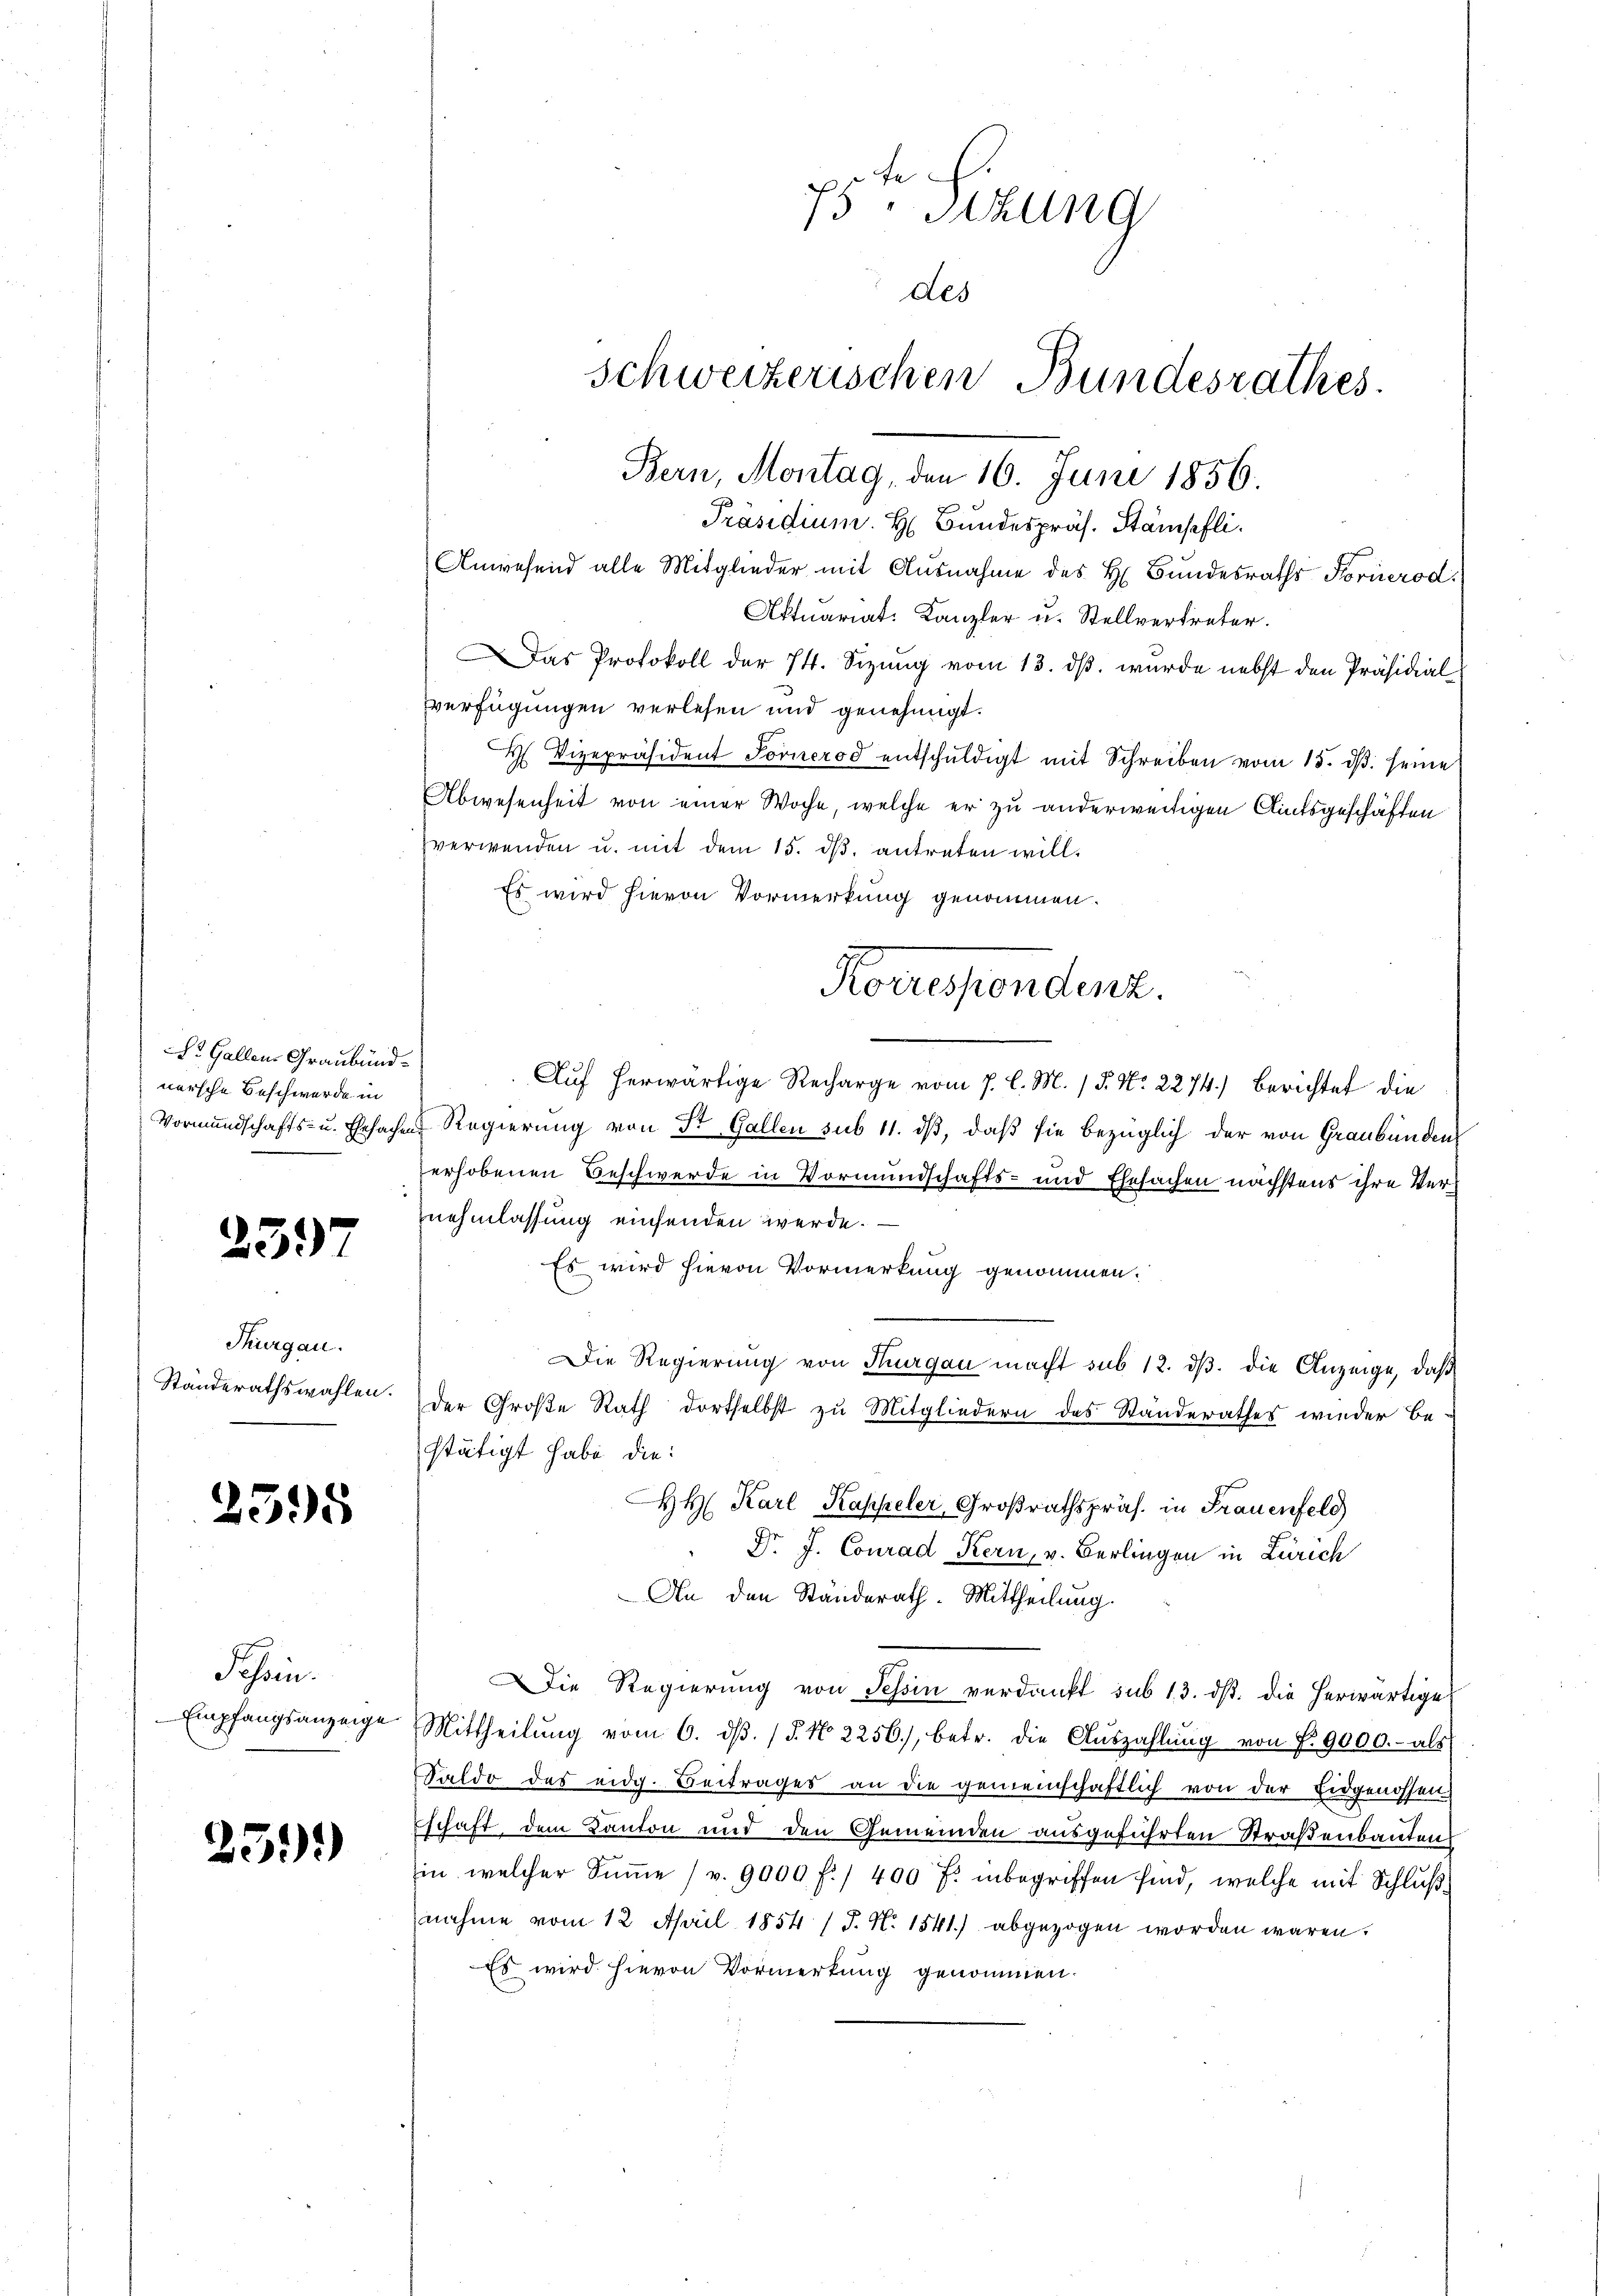
St. Gallen Graubündnersche Beschwerde in

2597

Thurgau.

2398

Schön.
 Empfangsanzeige

25.)

Präsidium. H. Bundespräs. Stämpfli
Anwesend alle Mitglieder mit Ausnahme des H. Bundesraths Fornrod.
Aktuariat-Kanzler u. Stellvertreter.
as Protokoll der 74. Sizung vom 13. ds. wurde nebst den Präsidial
verfügungen verlesen und genehmigt.
 Vizepräsident Fornerod entschŭldigt mit Schreiben vom 15. dβ. seine
Abwesenheit von einer Woche, welche er zu anderweitigen Amtsgeschäften
verwenden u. mit dem 15. dβ antreten will.
Es wird hievon Vormerkung genommen.
Auf herwärtige Recharge vom 7. l. M. / 5. No. 2274.) Berichtet die
Vormundschafts- u. Ehesachen Regierung von St. Gallen sub 11. dβ, daß sie bezüglich der von Graubünden
erhobenen Beschwerde in Vormundschafts- und Ehesachen nächstens ihre Vernehmlassung einsenden werde.
Es wird hievon Vormerkung genommen.
Die Regierung von Thurgau macht sub 12. dβ. die Anzeige, daß
Ständerathswahlen. Der Große Rath dortselbst zu Mitgliedern des Standerathes wieder be-
stätigt habe die
HH Karl Kappeler, Großrathspräs. in Frauenfeld
Dr. J. Conrad Kern, v. Berlingen in Zürich
An den Ständerath-Mittheilung.
Die Regierung von Tessin verdankt sub 13. ds. die herwärtige
Mittheilŭng vom 6. dβ. (§. No. 2256), betr. die Aŭszahlung von § 9000.- als
Saldo des eidg. Beitrages an die gemeinschaftlich von der Eidgenossen
schaft, dem Kanton und den Gemeinden ausgeführten Straßenbauten
Ein welcher Summe 1 v. 9000 f. 400 f: inbegriffen sind, welche mit Schlußnahme vom 12. April 1854 / J. N. 1541.) abgezogen worden wären.
Es wird hievon Vormerkung genommen.

75 Sizung
des
Schweizerischen Bundesrathes.

Bern, Montag, den 16. Juni 1856.

Korrespendenz.